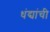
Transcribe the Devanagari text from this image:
धंद्यांची